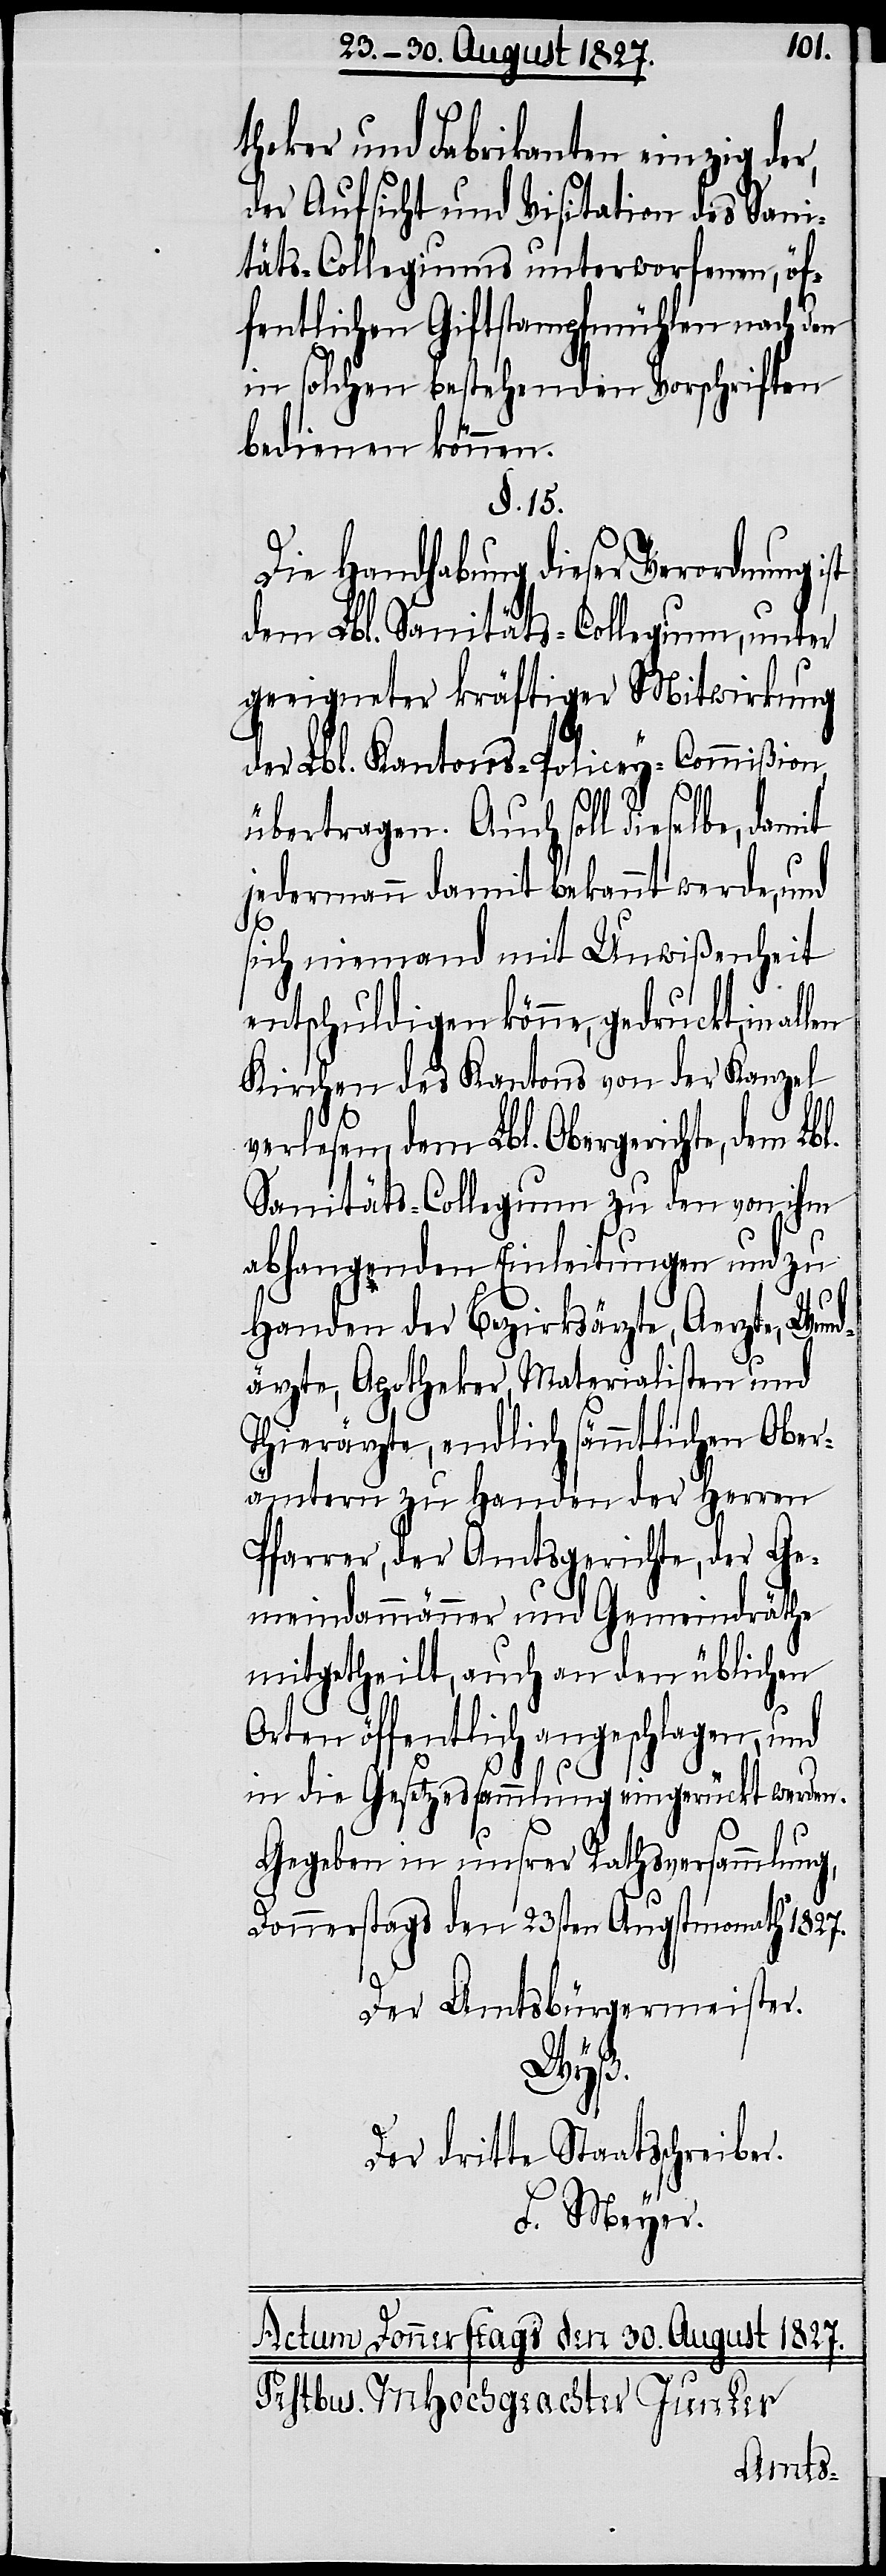
theker und Fabrikanten einzig der,
der Aufsicht und Visitation des Sani¬
täts-Collegiums unterworfenen, öf¬
fentlichen Giftstampfmühlen nach den
in solchen bestehenden Vorschriften
bedienen können.
§. 15.
Die Handhabung dieser Verordnung
dem Lbl. Sanitäts-Collegium, unter
geeigneter kräftiger Mitwirkung
der Lbl. Kantons-Policey-Commißion
übertragen. Auch soll dieselbe, damit
jedermann damit bekannt werde, und
sich niemand mit Unwißenheit
entschuldigen könne, gedruckt, in
Kirchen des Kantons von der Kanzel
verlesen, dem Lbl. Obergerichte, dem Lbl.
Sanitäts-Collegium zu den von ihm
abhangenden Einleitungen und zu
Handen der Bezirksärzte, Aerzte, Wund¬
ärzte, Apotheker, Materialisten und
Thierärzte, endlich sämmtlichen Ober¬
ämtern zu Handen der Herren
Pfarrer, der Amtsgerichte, der Ge¬
meindammänner und Gemeindräthe
mitgetheilt, auch an den üblichen
Orten öffentlich angeschlagen, und
in die Gesetzessammlung eingerückt werden.
Gegeben in unsrer Rathsversammlung,
Donnerstags den 23sten Augstmonath 1827.
Der Amtsbürgermeister.
Wyß.
Der dritte Staatsschreiber.
F. Meyer.